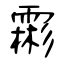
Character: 霦